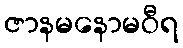
ဇာနမနောမဝီရ